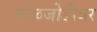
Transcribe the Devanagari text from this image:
रूळजोडीवर